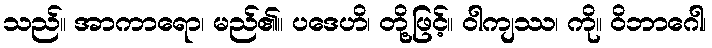
သည်။ အာကာရော၊ မည်၏။ ပဒေဟိ၊ တို့ဖြင့်။ ဝါကျဿ၊ ကို။ ဝိဘာဂေါ၊